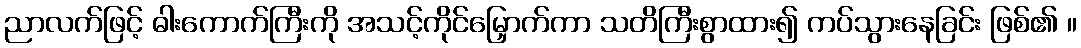
ညာလက်ဖြင့် ဓါးကောက်ကြီးကို အသင့်ကိုင်မြှောက်ကာ သတိကြီးစွာထား၍ ကပ်သွားနေခြင်း ဖြစ်၏ ။